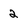
Character: 2